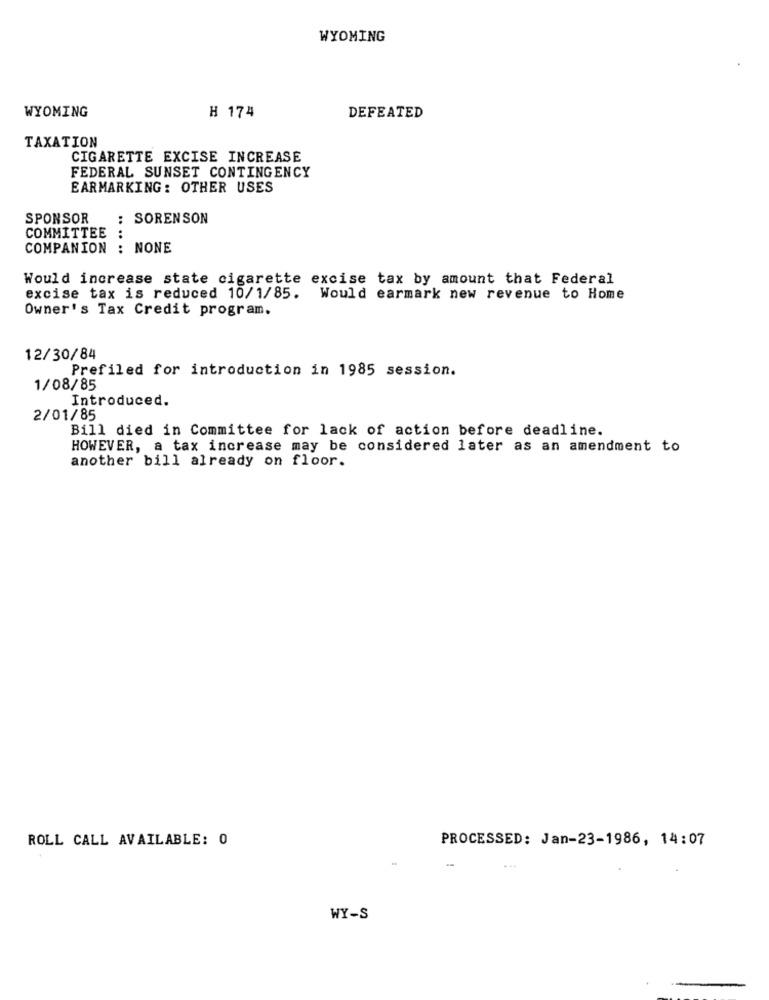
WYOMING
H 174
WYOMING
DEFEATED
TAXATION
CIGARETTE EXCISE INCREASE
FEDERAL SUNSET CONTINGENCY
EARMARKING: OTHER USES
SPONSOR
: SORENSON
COMMITTEE :
COMPANION : NONE
.... ..
Would increase state cigarette excise tax by amount that Federal
excise tax is reduced 10/1/85. Would earmark new revenue to Home
Owner's Tax Credit program.
12/30/84
Prefiled for introduction in 1985 session.
1/08/85
Introduced.
2/01/85
Bill died in Committee for lack of action before deadline.
HOWEVER, a tax increase may be considered later as an amendment to
another bill already on floor.
ROLL CALL AVAILABLE: 0
PROCESSED: Jan-23-1986, 14:07
WY-S